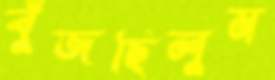
বুঁজছিলুম